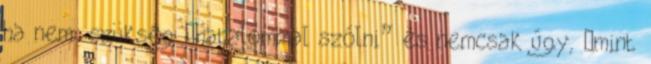
ha nem: szükség „hatalommal szólni” és nemcsak úgy, „mint